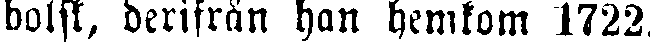
bolsk, derifrån han hemkom 1722.